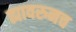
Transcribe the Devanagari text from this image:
ह्यावरुनच